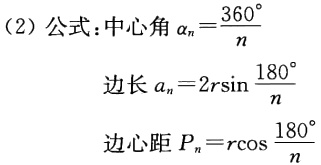
(2) 公式：中心角 \(\alpha_{n}=\frac{360^{\circ}}{n}\)

边长 \(a_{n}=2r\sin\frac{180^{\circ}}{n}\)

边心距 \(P_{n}=r\cos\frac{180^{\circ}}{n}\)